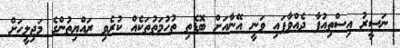
ނަސީރު އިސްތިއުފާ ދެއްވާފައި ވަނީ އޭނާއަށް ބޮޑެތި ތުހުމަތުތަކެއް ކުރެވި ރައްޔިތުންގެ މަޖިލީހަށް